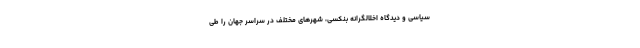
سیاسی و دیدگاه اخلالگرانه بنکسی، شهرهای مختلف در سراسر جهان را طی